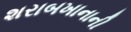
શરાબખાનાની